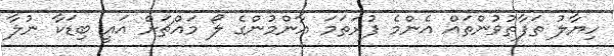
ހިޔާލު ތަފާތުވުންތައް އެންމެ ފުރަތަމަ އާންމުންގެ ލޯ މައްޗަށް އައީ ބިޑަކާ ނުލާ